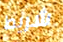
شريط